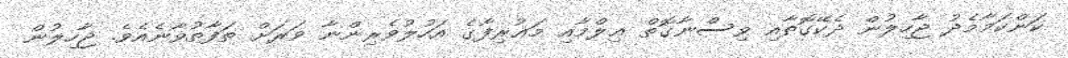
ކަންކަމާމެދު ޖާހިލުން ދެކޭގޮތާއި ވިސްނާގޮތް ޢިލްމާއި މަޢުރިފާގެ އަހުލުވެރިންނާ ވަރަށް ތަފާތުވާނެއެވެ. ޖާހިލުން